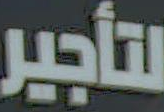
لتأجير